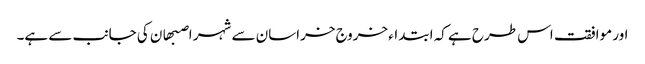
اور موافقت اس طرح ہے کہ ابتداء خروج خراسان سے شہر اصبھان کی جانب سے ہے۔